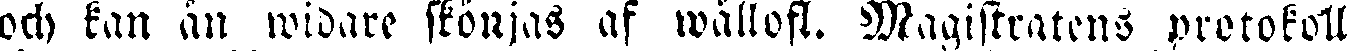
och kan än widare skörjas af wällofl. Magistratens protokoll